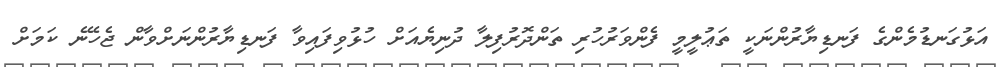
އަޅުގަނޑުމެންގެ ފަނޑިޔާރުންނަކީ ތަޢުލީމީ ފެންވަރުހުރި ތަންދޮރުފިލާ ދުނިޔެއަށް ހުޅުވިފައިވާ ފަނޑިޔާރުންނަށްވާން ޖެހޭނެ ކަމަށް